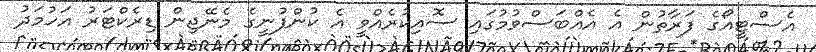
އެސްޓީއޯގެ ފަރާތުން އެ އެއްބަސްވުމުގައި ސޮއިކުރެއްވީ އެ ކުންފުނީގެ މެނޭޖިން ޑިރެކްޓަރު އަހުމަދު